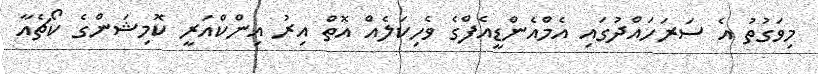
މިވަގުތު އެ ސަރަހައްދުގައި އެމްއެންޑީއެފްގެ ވެހިކަލެއް އޮތް އިރު އިންކްއަރީ ކޮމިޝަންގެ ކޯޗެއާ